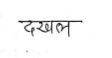
मजकूर: दखल